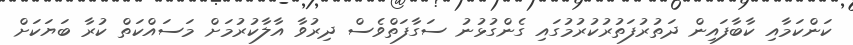
ކަންކަމާއި ކާބާފައިން ދަތުރުފަތުރުކުރުމުގައި ގެންގުޅުނު ސަގާފަތްވެސް ދިރުވާ އާލާކުރުމަށް މަސައްކަތް ކުރާ ބަޔަކަށް